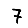
Digit: 7